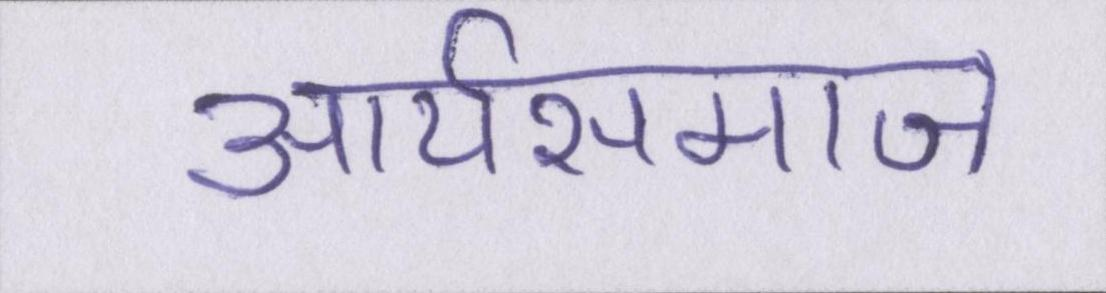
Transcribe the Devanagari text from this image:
आर्यसमाज